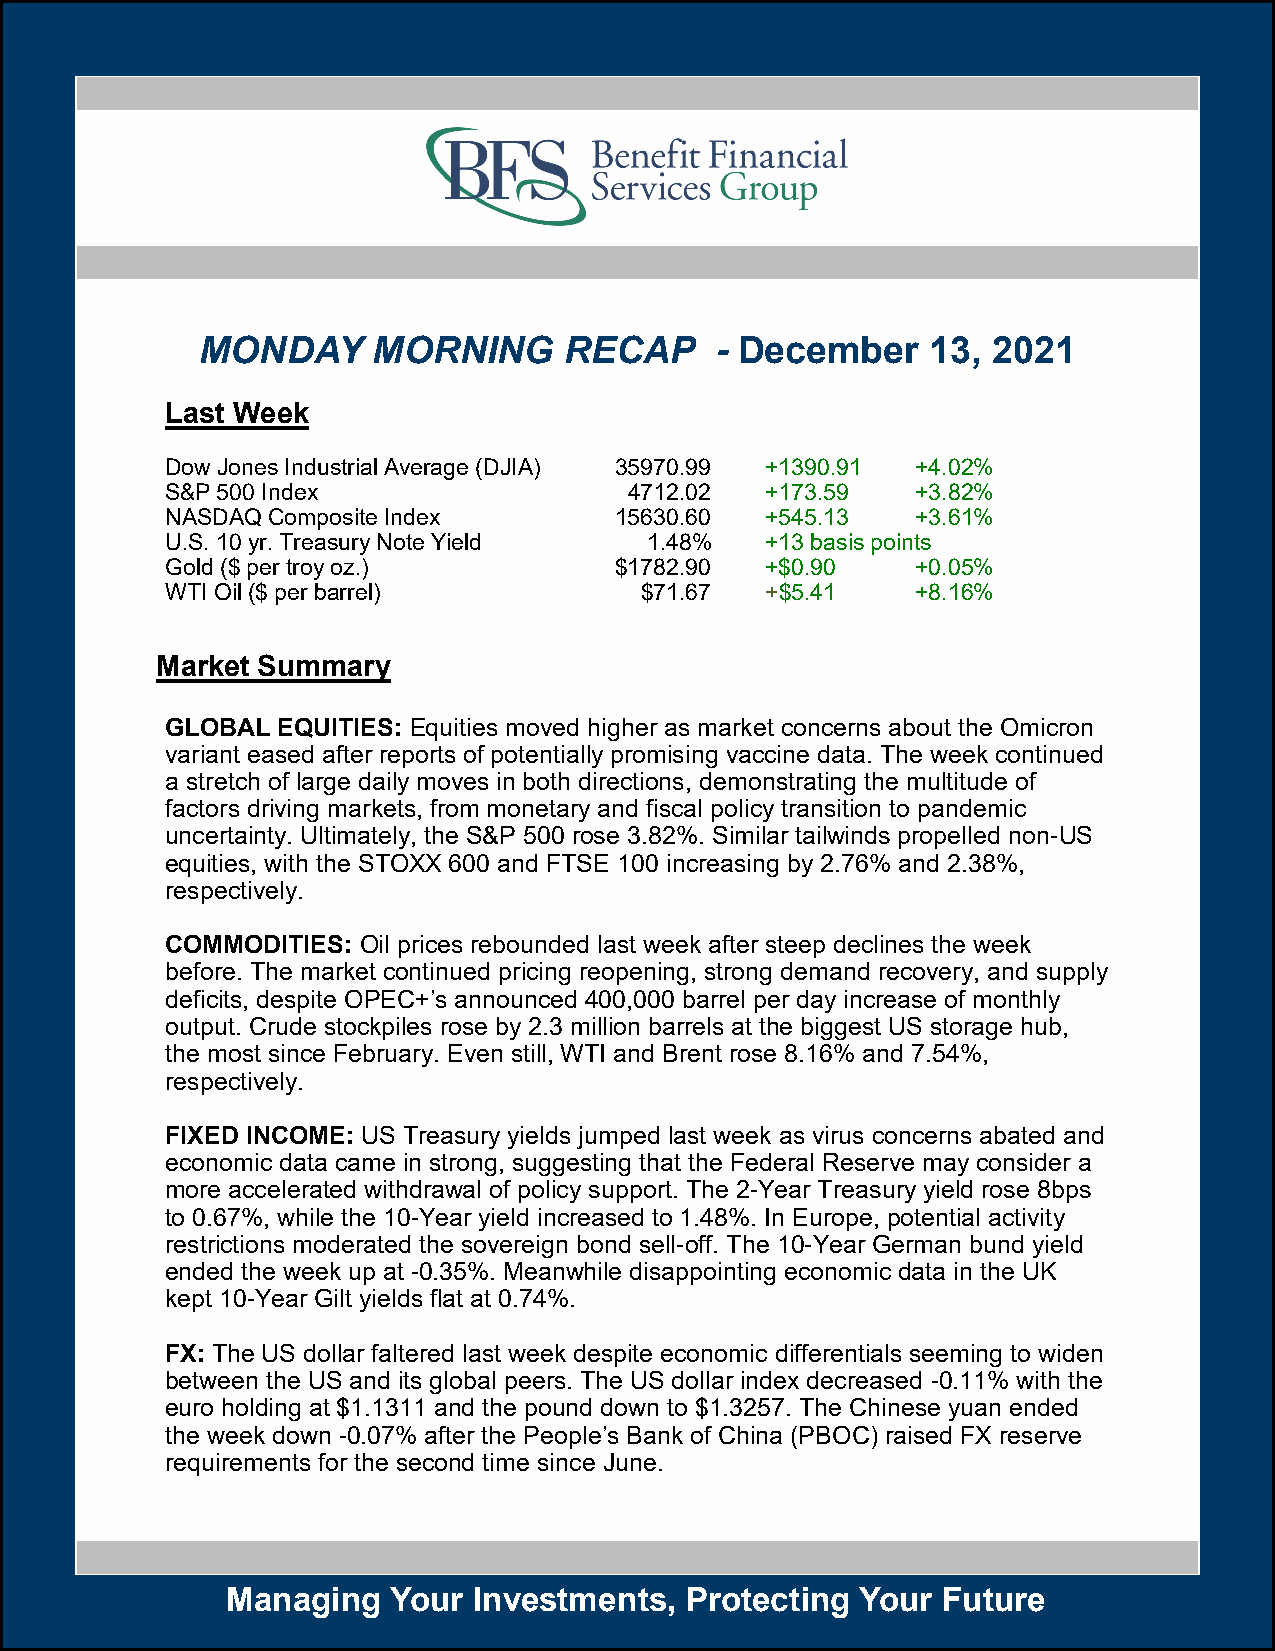
MONDAY      MORNING     RECAP     - December     13, 2021
 Last Week
 Dow Jones Industrial Average (DJIA) 35970.99 +1390.91 +4.02%
 S&P 500 Index                  4712.02  +173.59   +3.82%
 NASDAQ Composite Index        15630.60  +545.13   +3.61%
 U.S. 10 yr. Treasury Note Yield 1.48%   +13 basis points
 Gold ($ per troy oz.)         $1782.90  +$0.90    +0.05%
 WTI Oil ($ per barrel)         $71.67   +$5.41    +8.16%
 Market Summary
 GLOBAL EQUITIES: Equities moved higher as market concerns about the Omicron
 variant eased after reports of potentially promising vaccine data. The week continued
 a stretch of large daily moves in both directions, demonstrating the multitude of
 factors driving markets, from monetary and fiscal policy transition to pandemic
 uncertainty. Ultimately, the S&P 500 rose 3.82%. Similar tailwinds propelled non-US
 equities, with the STOXX 600 and FTSE 100 increasing by 2.76% and 2.38%,
 respectively.
 COMMODITIES: Oil prices rebounded last week after steep declines the week
 before. The market continued pricing reopening, strong demand recovery, and supply
 deficits, despite OPEC+’s announced 400,000 barrel per day increase of monthly
 output. Crude stockpiles rose by 2.3 million barrels at the biggest US storage hub,
 the most since February. Even still, WTI and Brent rose 8.16% and 7.54%,
 respectively.
 FIXED INCOME: US Treasury yields jumped last week as virus concerns abated and
 economic data came in strong, suggesting that the Federal Reserve may consider a
 more accelerated withdrawal of policy support. The 2-Year Treasury yield rose 8bps
 to 0.67%, while the 10-Year yield increased to 1.48%. In Europe, potential activity
 restrictions moderated the sovereign bond sell-off. The 10-Year German bund yield
 ended the week up at -0.35%. Meanwhile disappointing economic data in the UK
 kept 10-Year Gilt yields flat at 0.74%.
 FX: The US dollar faltered last week despite economic differentials seeming to widen
 between the US and its global peers. The US dollar index decreased -0.11% with the
 euro holding at $1.1311 and the pound down to $1.3257. The Chinese yuan ended
 the week down -0.07% after the People’s Bank of China (PBOC) raised FX reserve
 requirements for the second time since June.
 Managing   Your Investments,  Protecting  Your Future